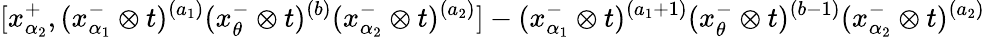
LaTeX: [x_{\alpha_{2}}^{+},(x_{\alpha_{1}}^{-}\otimes t)^{(a_{1})}(x_{\theta}^{-}\otimes t)^{(b)}(x_{\alpha_{2}}^{-}\otimes t)^{(a_{2})}]-(x_{\alpha_{1}}^{-}\otimes t)^{(a_{1}+1)}(x_{\theta}^{-}\otimes t)^{(b-1)}(x_{\alpha_{2}}^{-}\otimes t)^{(a_{2})}